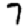
Digit: 7